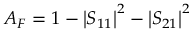
A _ { F } = 1 - \left| S _ { 1 1 } \right| ^ { 2 } - \left| S _ { 2 1 } \right| ^ { 2 }